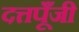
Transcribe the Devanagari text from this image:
दत्तपूँजी